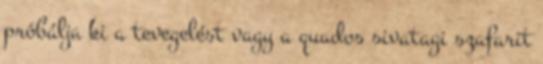
próbálja ki a tevegelést vagy a quados sivatagi szafarit